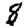
Digit: 8